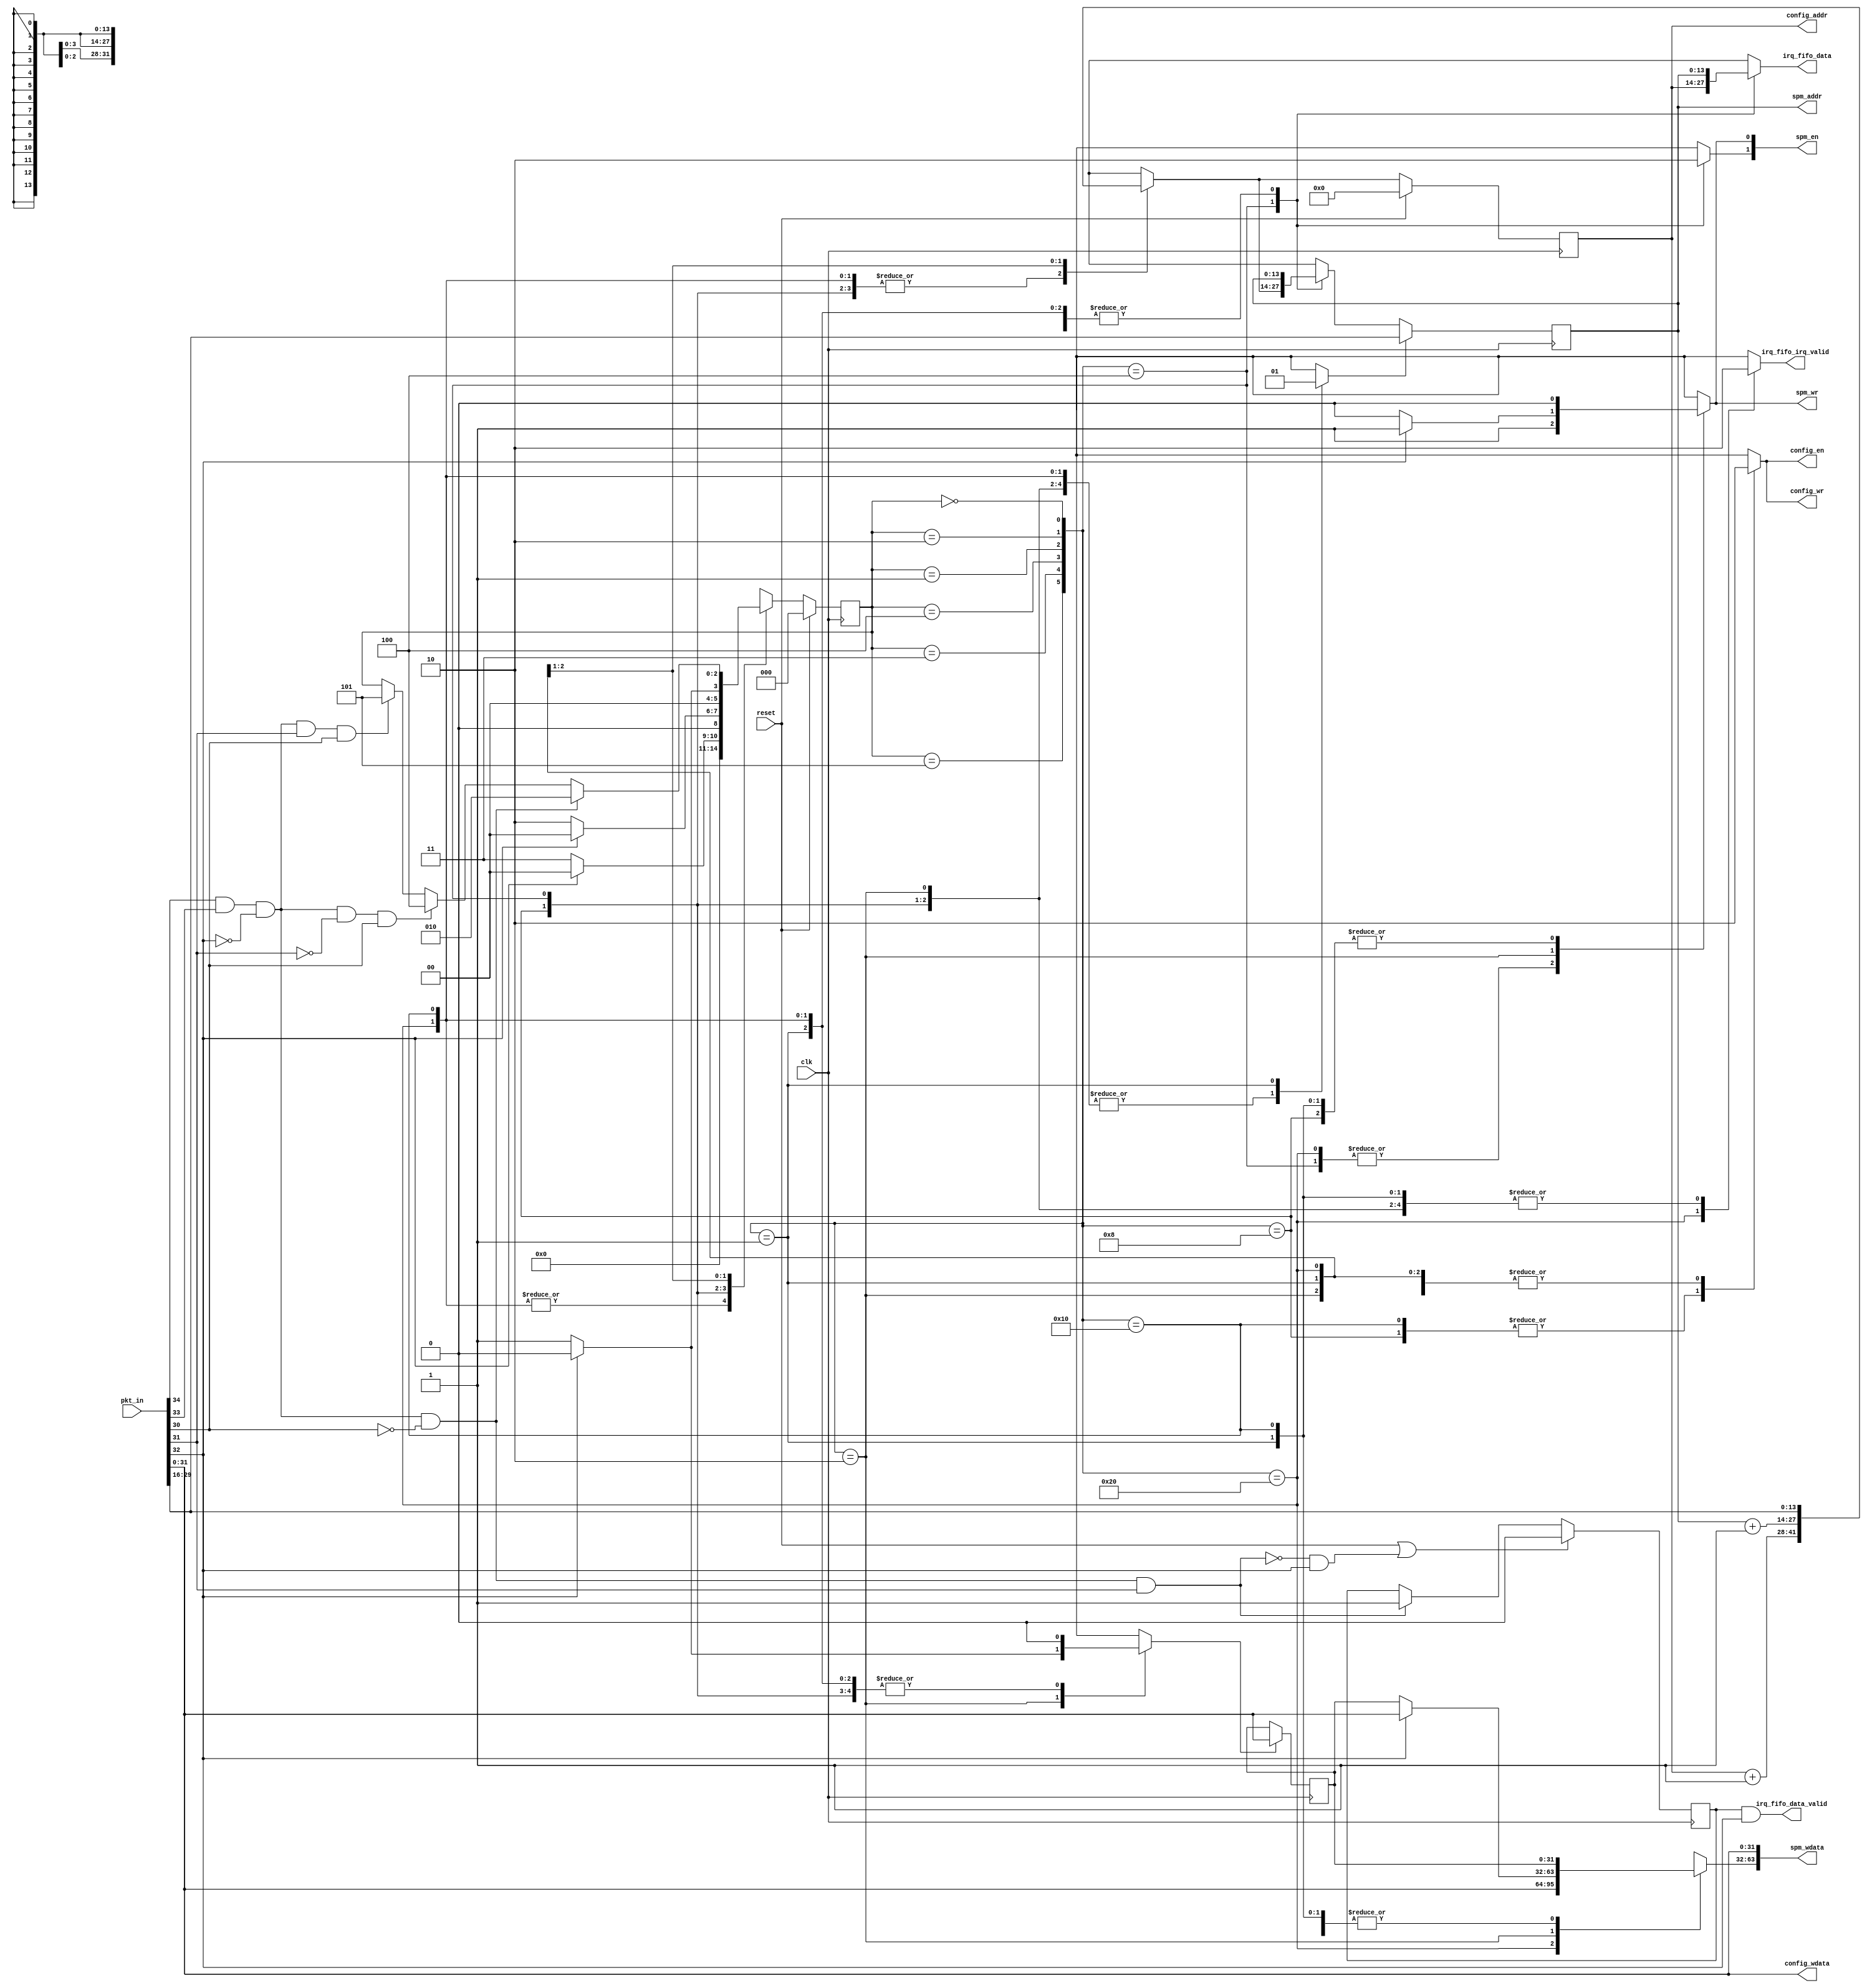
module rx_unit
  (input  clk,
   input  reset,
   input  [34:0] pkt_in,
   output [13:0] spm_addr,
   output [1:0] spm_en,
   output spm_wr,
   output [63:0] spm_wdata,
   output [13:0] config_addr,
   output config_en,
   output config_wr,
   output [31:0] config_wdata,
   output [13:0] irq_fifo_data,
   output irq_fifo_data_valid,
   output irq_fifo_irq_valid);
  wire [13:0] n1_o;
  wire [1:0] n2_o;
  wire n3_o;
  wire [63:0] n4_o;
  wire [13:0] n6_o;
  wire n7_o;
  wire n8_o;
  wire [31:0] n9_o;
  wire new_pkt;
  wire new_data_pkt;
  wire new_config_pkt;
  wire new_irq_pkt;
  wire wdata_high_en;
  wire addr_load;
  wire lst_data_pkt;
  wire [13:0] addr;
  wire [13:0] next_addr;
  wire [13:0] int_addr;
  wire [13:0] next_int_addr;
  wire [31:0] wdata_high;
  wire [2:0] state;
  wire [2:0] next_state;
  wire n13_o;
  wire n14_o;
  wire n15_o;
  wire n16_o;
  wire n17_o;
  wire n18_o;
  wire n19_o;
  wire n20_o;
  wire n21_o;
  wire n22_o;
  wire n23_o;
  wire n24_o;
  wire n25_o;
  wire n26_o;
  wire n27_o;
  wire n28_o;
  wire n29_o;
  wire n30_o;
  wire [31:0] n31_o;
  wire [31:0] n32_o;
  wire n33_o;
  wire n34_o;
  localparam [1:0] n37_o = 2'b00;
  wire [13:0] n42_o;
  wire [13:0] n43_o;
  wire [2:0] n45_o;
  wire [2:0] n47_o;
  wire [2:0] n49_o;
  wire n51_o;
  wire [13:0] n53_o;
  wire n54_o;
  wire n55_o;
  wire [31:0] n58_o;
  wire n59_o;
  wire n60_o;
  wire n61_o;
  wire [31:0] n62_o;
  wire n65_o;
  wire [2:0] n68_o;
  wire n70_o;
  localparam [1:0] n71_o = 2'b11;
  wire n73_o;
  wire n74_o;
  wire [2:0] n77_o;
  wire n79_o;
  wire n82_o;
  wire n83_o;
  wire [2:0] n86_o;
  wire n88_o;
  wire n92_o;
  wire [31:0] n95_o;
  wire n97_o;
  wire [5:0] n98_o;
  wire n99_o;
  wire n100_o;
  reg n102_o;
  wire n103_o;
  wire n104_o;
  reg n106_o;
  reg n108_o;
  reg [31:0] n110_o;
  reg n113_o;
  reg n115_o;
  reg [13:0] n117_o;
  reg n121_o;
  reg n125_o;
  reg n130_o;
  reg [13:0] n133_o;
  reg [13:0] n135_o;
  reg [2:0] n139_o;
  wire [13:0] n145_o;
  wire [13:0] n146_o;
  reg [13:0] n149_q;
  wire [31:0] n153_o;
  wire [31:0] n157_o;
  reg [31:0] n158_q;
  wire [13:0] n163_o;
  wire [2:0] n165_o;
  reg [13:0] n169_q;
  reg [2:0] n170_q;
  wire n174_o;
  wire n175_o;
  wire n176_o;
  wire n177_o;
  wire n178_o;
  wire n179_o;
  wire n180_o;
  wire n181_o;
  wire n183_o;
  wire n185_o;
  reg n188_q;
  wire [80:0] n189_o;
  wire [47:0] n190_o;
  assign spm_addr = n1_o;
  assign spm_en = n2_o;
  assign spm_wr = n3_o;
  assign spm_wdata = n4_o;
  assign config_addr = n6_o;
  assign config_en = n7_o;
  assign config_wr = n8_o;
  assign config_wdata = n9_o;
  assign irq_fifo_data = n117_o;
  assign irq_fifo_data_valid = n34_o;
  assign irq_fifo_irq_valid = n121_o;
  assign n1_o = n189_o[13:0];
  assign n2_o = n189_o[15:14];
  assign n3_o = n189_o[16];
  assign n4_o = n189_o[80:17];
  assign n6_o = n190_o[13:0];
  assign n7_o = n190_o[14];
  assign n8_o = n190_o[15];
  assign n9_o = n190_o[47:16];
  /* ni/rx_unit.vhd:63:16  */
  assign new_pkt = n18_o; // (signal)
  /* ni/rx_unit.vhd:63:25  */
  assign new_data_pkt = n21_o; // (signal)
  /* ni/rx_unit.vhd:63:39  */
  assign new_config_pkt = n26_o; // (signal)
  /* ni/rx_unit.vhd:63:55  */
  assign new_irq_pkt = n30_o; // (signal)
  /* ni/rx_unit.vhd:64:16  */
  assign wdata_high_en = n125_o; // (signal)
  /* ni/rx_unit.vhd:64:45  */
  assign addr_load = n130_o; // (signal)
  /* ni/rx_unit.vhd:64:56  */
  assign lst_data_pkt = n188_q; // (signal)
  /* ni/rx_unit.vhd:65:16  */
  assign addr = n149_q; // (signal)
  /* ni/rx_unit.vhd:65:22  */
  assign next_addr = n133_o; // (signal)
  /* ni/rx_unit.vhd:65:33  */
  assign int_addr = n169_q; // (signal)
  /* ni/rx_unit.vhd:65:43  */
  assign next_int_addr = n135_o; // (signal)
  /* ni/rx_unit.vhd:67:8  */
  assign wdata_high = n158_q; // (signal)
  /* ni/rx_unit.vhd:71:16  */
  assign state = n170_q; // (signal)
  /* ni/rx_unit.vhd:71:23  */
  assign next_state = n139_o; // (signal)
  /* ni/rx_unit.vhd:75:26  */
  assign n13_o = pkt_in[34];
  /* ni/rx_unit.vhd:75:53  */
  assign n14_o = pkt_in[33];
  /* ni/rx_unit.vhd:75:43  */
  assign n15_o = n13_o & n14_o;
  /* ni/rx_unit.vhd:75:85  */
  assign n16_o = pkt_in[32];
  /* ni/rx_unit.vhd:75:75  */
  assign n17_o = ~n16_o;
  /* ni/rx_unit.vhd:75:70  */
  assign n18_o = n15_o & n17_o;
  /* ni/rx_unit.vhd:78:48  */
  assign n19_o = pkt_in[30];
  /* ni/rx_unit.vhd:78:38  */
  assign n20_o = ~n19_o;
  /* ni/rx_unit.vhd:78:33  */
  assign n21_o = new_pkt & n20_o;
  /* ni/rx_unit.vhd:81:49  */
  assign n22_o = pkt_in[31];
  /* ni/rx_unit.vhd:81:39  */
  assign n23_o = ~n22_o;
  /* ni/rx_unit.vhd:81:35  */
  assign n24_o = new_pkt & n23_o;
  /* ni/rx_unit.vhd:81:106  */
  assign n25_o = pkt_in[30];
  /* ni/rx_unit.vhd:81:96  */
  assign n26_o = n24_o & n25_o;
  /* ni/rx_unit.vhd:84:42  */
  assign n27_o = pkt_in[31];
  /* ni/rx_unit.vhd:84:32  */
  assign n28_o = new_pkt & n27_o;
  /* ni/rx_unit.vhd:84:98  */
  assign n29_o = pkt_in[30];
  /* ni/rx_unit.vhd:84:88  */
  assign n30_o = n28_o & n29_o;
  /* ni/rx_unit.vhd:87:62  */
  assign n31_o = pkt_in[31:0];
  /* ni/rx_unit.vhd:89:65  */
  assign n32_o = pkt_in[31:0];
  /* ni/rx_unit.vhd:96:55  */
  assign n33_o = pkt_in[32];
  /* ni/rx_unit.vhd:96:45  */
  assign n34_o = lst_data_pkt & n33_o;
  /* ni/rx_unit.vhd:113:43  */
  assign n42_o = int_addr + 14'b00000000000001;
  /* ni/rx_unit.vhd:117:65  */
  assign n43_o = pkt_in[29:16];
  /* ni/rx_unit.vhd:122:33  */
  assign n45_o = new_irq_pkt ? 3'b101 : state;
  /* ni/rx_unit.vhd:120:33  */
  assign n47_o = new_config_pkt ? 3'b100 : n45_o;
  /* ni/rx_unit.vhd:118:33  */
  assign n49_o = new_data_pkt ? 3'b010 : n47_o;
  /* ni/rx_unit.vhd:115:25  */
  assign n51_o = state == 3'b000;
  /* ni/rx_unit.vhd:127:55  */
  assign n53_o = addr + 14'b00000000000001;
  /* ni/rx_unit.vhd:128:43  */
  assign n54_o = pkt_in[32];
  /* ni/rx_unit.vhd:128:60  */
  assign n55_o = ~n54_o;
  /* ni/rx_unit.vhd:134:107  */
  assign n58_o = pkt_in[31:0];
  assign n59_o = n37_o[0];
  /* ni/rx_unit.vhd:128:33  */
  assign n60_o = n55_o ? n59_o : 1'b1;
  /* ni/rx_unit.vhd:128:33  */
  assign n61_o = n55_o ? 1'b0 : 1'b1;
  /* ni/rx_unit.vhd:128:33  */
  assign n62_o = n55_o ? wdata_high : n58_o;
  /* ni/rx_unit.vhd:128:33  */
  assign n65_o = n55_o ? 1'b1 : 1'b0;
  /* ni/rx_unit.vhd:128:33  */
  assign n68_o = n55_o ? 3'b001 : 3'b000;
  /* ni/rx_unit.vhd:126:25  */
  assign n70_o = state == 3'b010;
  /* ni/rx_unit.vhd:143:43  */
  assign n73_o = pkt_in[32];
  /* ni/rx_unit.vhd:143:60  */
  assign n74_o = ~n73_o;
  /* ni/rx_unit.vhd:143:33  */
  assign n77_o = n74_o ? 3'b010 : 3'b000;
  /* ni/rx_unit.vhd:138:25  */
  assign n79_o = state == 3'b001;
  /* ni/rx_unit.vhd:153:43  */
  assign n82_o = pkt_in[32];
  /* ni/rx_unit.vhd:153:60  */
  assign n83_o = ~n82_o;
  /* ni/rx_unit.vhd:153:33  */
  assign n86_o = n83_o ? 3'b011 : 3'b000;
  /* ni/rx_unit.vhd:150:25  */
  assign n88_o = state == 3'b100;
  /* ni/rx_unit.vhd:159:25  */
  assign n92_o = state == 3'b011;
  /* ni/rx_unit.vhd:169:99  */
  assign n95_o = pkt_in[31:0];
  /* ni/rx_unit.vhd:165:25  */
  assign n97_o = state == 3'b101;
  assign n98_o = {n97_o, n92_o, n88_o, n79_o, n70_o, n51_o};
  assign n99_o = n71_o[0];
  assign n100_o = n37_o[0];
  /* ni/rx_unit.vhd:114:17  */
  always @*
    case (n98_o)
      6'b100000: n102_o <= 1'b1;
      6'b010000: n102_o <= n100_o;
      6'b001000: n102_o <= n100_o;
      6'b000100: n102_o <= n99_o;
      6'b000010: n102_o <= n60_o;
      6'b000001: n102_o <= n100_o;
      default: n102_o <= 1'bX;
    endcase
  assign n103_o = n71_o[1];
  assign n104_o = n37_o[1];
  /* ni/rx_unit.vhd:114:17  */
  always @*
    case (n98_o)
      6'b100000: n106_o <= n104_o;
      6'b010000: n106_o <= n104_o;
      6'b001000: n106_o <= n104_o;
      6'b000100: n106_o <= n103_o;
      6'b000010: n106_o <= n104_o;
      6'b000001: n106_o <= n104_o;
      default: n106_o <= 1'bX;
    endcase
  /* ni/rx_unit.vhd:114:17  */
  always @*
    case (n98_o)
      6'b100000: n108_o <= 1'b1;
      6'b010000: n108_o <= 1'b0;
      6'b001000: n108_o <= 1'b0;
      6'b000100: n108_o <= 1'b1;
      6'b000010: n108_o <= n61_o;
      6'b000001: n108_o <= 1'b0;
      default: n108_o <= 1'bX;
    endcase
  /* ni/rx_unit.vhd:114:17  */
  always @*
    case (n98_o)
      6'b100000: n110_o <= n95_o;
      6'b010000: n110_o <= wdata_high;
      6'b001000: n110_o <= wdata_high;
      6'b000100: n110_o <= wdata_high;
      6'b000010: n110_o <= n62_o;
      6'b000001: n110_o <= wdata_high;
      default: n110_o <= 32'bX;
    endcase
  /* ni/rx_unit.vhd:114:17  */
  always @*
    case (n98_o)
      6'b100000: n113_o <= 1'b0;
      6'b010000: n113_o <= 1'b1;
      6'b001000: n113_o <= 1'b1;
      6'b000100: n113_o <= 1'b0;
      6'b000010: n113_o <= 1'b0;
      6'b000001: n113_o <= 1'b0;
      default: n113_o <= 1'bX;
    endcase
  /* ni/rx_unit.vhd:114:17  */
  always @*
    case (n98_o)
      6'b100000: n115_o <= 1'b0;
      6'b010000: n115_o <= 1'b1;
      6'b001000: n115_o <= 1'b1;
      6'b000100: n115_o <= 1'b0;
      6'b000010: n115_o <= 1'b0;
      6'b000001: n115_o <= 1'b0;
      default: n115_o <= 1'bX;
    endcase
  /* ni/rx_unit.vhd:114:17  */
  always @*
    case (n98_o)
      6'b100000: n117_o <= addr;
      6'b010000: n117_o <= addr;
      6'b001000: n117_o <= addr;
      6'b000100: n117_o <= int_addr;
      6'b000010: n117_o <= addr;
      6'b000001: n117_o <= addr;
      default: n117_o <= 14'bX;
    endcase
  /* ni/rx_unit.vhd:114:17  */
  always @*
    case (n98_o)
      6'b100000: n121_o <= 1'b1;
      6'b010000: n121_o <= 1'b0;
      6'b001000: n121_o <= 1'b0;
      6'b000100: n121_o <= 1'b0;
      6'b000010: n121_o <= 1'b0;
      6'b000001: n121_o <= 1'b0;
      default: n121_o <= 1'bX;
    endcase
  /* ni/rx_unit.vhd:114:17  */
  always @*
    case (n98_o)
      6'b100000: n125_o <= 1'b0;
      6'b010000: n125_o <= 1'b0;
      6'b001000: n125_o <= 1'b0;
      6'b000100: n125_o <= 1'b0;
      6'b000010: n125_o <= n65_o;
      6'b000001: n125_o <= 1'b0;
      default: n125_o <= 1'bX;
    endcase
  /* ni/rx_unit.vhd:114:17  */
  always @*
    case (n98_o)
      6'b100000: n130_o <= 1'b0;
      6'b010000: n130_o <= 1'b0;
      6'b001000: n130_o <= 1'b0;
      6'b000100: n130_o <= 1'b0;
      6'b000010: n130_o <= 1'b0;
      6'b000001: n130_o <= 1'b1;
      default: n130_o <= 1'bX;
    endcase
  /* ni/rx_unit.vhd:114:17  */
  always @*
    case (n98_o)
      6'b100000: n133_o <= addr;
      6'b010000: n133_o <= addr;
      6'b001000: n133_o <= addr;
      6'b000100: n133_o <= next_int_addr;
      6'b000010: n133_o <= addr;
      6'b000001: n133_o <= addr;
      default: n133_o <= 14'bX;
    endcase
  /* ni/rx_unit.vhd:114:17  */
  always @*
    case (n98_o)
      6'b100000: n135_o <= n42_o;
      6'b010000: n135_o <= n42_o;
      6'b001000: n135_o <= n42_o;
      6'b000100: n135_o <= n42_o;
      6'b000010: n135_o <= n53_o;
      6'b000001: n135_o <= n43_o;
      default: n135_o <= 14'bX;
    endcase
  /* ni/rx_unit.vhd:114:17  */
  always @*
    case (n98_o)
      6'b100000: n139_o <= 3'b000;
      6'b010000: n139_o <= 3'b000;
      6'b001000: n139_o <= n86_o;
      6'b000100: n139_o <= n77_o;
      6'b000010: n139_o <= n68_o;
      6'b000001: n139_o <= n49_o;
      default: n139_o <= 3'bX;
    endcase
  /* ni/rx_unit.vhd:180:56  */
  assign n145_o = pkt_in[29:16];
  /* ni/rx_unit.vhd:179:25  */
  assign n146_o = addr_load ? n145_o : next_addr;
  /* ni/rx_unit.vhd:178:17  */
  always @(posedge clk)
    n149_q <= n146_o;
  /* ni/rx_unit.vhd:192:62  */
  assign n153_o = pkt_in[31:0];
  /* ni/rx_unit.vhd:190:17  */
  assign n157_o = wdata_high_en ? n153_o : wdata_high;
  /* ni/rx_unit.vhd:190:17  */
  always @(posedge clk)
    n158_q <= n157_o;
  /* ni/rx_unit.vhd:201:25  */
  assign n163_o = reset ? 14'b00000000000000 : next_int_addr;
  /* ni/rx_unit.vhd:201:25  */
  assign n165_o = reset ? 3'b000 : next_state;
  /* ni/rx_unit.vhd:200:17  */
  always @(posedge clk)
    n169_q <= n163_o;
  /* ni/rx_unit.vhd:200:17  */
  always @(posedge clk)
    n170_q <= n165_o;
  /* ni/rx_unit.vhd:217:77  */
  assign n174_o = pkt_in[31];
  /* ni/rx_unit.vhd:217:67  */
  assign n175_o = new_data_pkt & n174_o;
  /* ni/rx_unit.vhd:217:49  */
  assign n176_o = ~n175_o;
  /* ni/rx_unit.vhd:217:135  */
  assign n177_o = pkt_in[32];
  /* ni/rx_unit.vhd:217:125  */
  assign n178_o = n176_o & n177_o;
  /* ni/rx_unit.vhd:217:43  */
  assign n179_o = reset | n178_o;
  /* ni/rx_unit.vhd:219:56  */
  assign n180_o = pkt_in[31];
  /* ni/rx_unit.vhd:219:46  */
  assign n181_o = new_data_pkt & n180_o;
  /* ni/rx_unit.vhd:219:25  */
  assign n183_o = n181_o ? 1'b1 : lst_data_pkt;
  /* ni/rx_unit.vhd:217:25  */
  assign n185_o = n179_o ? 1'b0 : n183_o;
  /* ni/rx_unit.vhd:216:17  */
  always @(posedge clk)
    n188_q <= n185_o;
  /* ni/rx_unit.vhd:216:17  */
  assign n189_o = {n110_o, n31_o, n108_o, n106_o, n102_o, addr};
  assign n190_o = {n32_o, n115_o, n113_o, int_addr};
endmodule